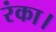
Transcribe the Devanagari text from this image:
रंका।